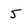
Character: 5